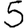
Digit: 5